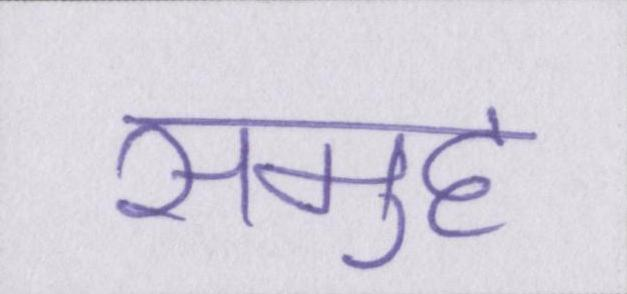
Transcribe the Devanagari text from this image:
समुह